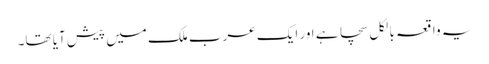
یہ واقعہ بالکل سچا ہے اور ایک عرب ملک میں پیش آیا تھا۔